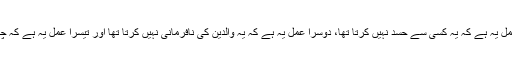
اس کا ایک عمل یہ ہے کہ یہ کسی سے حسد نہیں کرتا تھا، دوسرا عمل یہ ہے کہ یہ والدین کی نافرمانی نہیں کرتا تھا اور تیسرا عمل یہ ہے کہ چغل خور نہیں۔